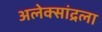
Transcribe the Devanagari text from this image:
अलेक्सांद्रला